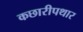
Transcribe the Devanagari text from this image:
कछारीपथार